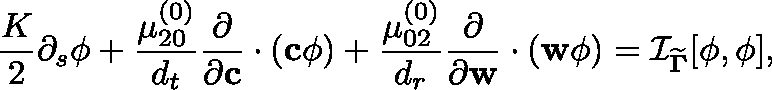
\frac { K } { 2 } \partial _ { s } \phi + \frac { \mu _ { 2 0 } ^ { ( 0 ) } } { { d _ { t } } } \frac { \partial } { \partial \mathbf { c } } \cdot \left( \mathbf { c } \phi \right) + \frac { \mu _ { 0 2 } ^ { ( 0 ) } } { { d _ { r } } } \frac { \partial } { \partial \mathbf { w } } \cdot \left( \mathbf { w } \phi \right) = \mathcal { I } _ { { \widetilde { \mathbf { \Gamma } } } } [ \phi , \phi ] ,